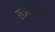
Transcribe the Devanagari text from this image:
राजवलिकथे